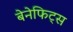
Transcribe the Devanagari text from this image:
बेनेफिट्स